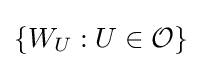
\{W_{U}:U\in {\mathcal {O}}\}